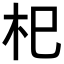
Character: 𣏌